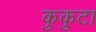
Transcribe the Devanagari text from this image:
कुकुटा